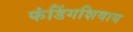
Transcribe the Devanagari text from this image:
फंडिंगशिवाय